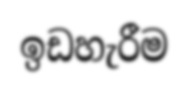
ඉඩහැරීම